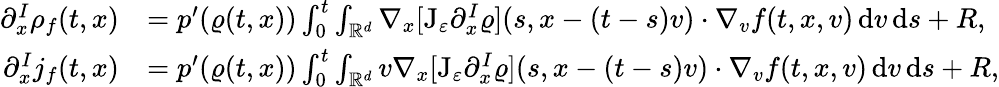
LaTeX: \begin{array}{rl}{\partial_{x}^{I}\rho_{f}(t,x)}&{=p^{\prime}(\varrho(t,x))\int_{0}^{t}\int_{\mathbb R^{d}}\nabla_{x}[\mathrm{J}_{\varepsilon}\partial_{x}^{I}\varrho](s,x-(t-s)v)\cdot\nabla_{v}f(t,x,v)\, \mathrm{d}v\, \mathrm{d}s+R,}\\ {\partial_{x}^{I}j_{f}(t,x)}&{=p^{\prime}(\varrho(t,x))\int_{0}^{t}\int_{\mathbb R^{d}}v\nabla_{x}[\mathrm{J}_{\varepsilon}\partial_{x}^{I}\varrho](s,x-(t-s)v)\cdot\nabla_{v}f(t,x,v)\, \mathrm{d}v\, \mathrm{d}s+R,}\end{array}